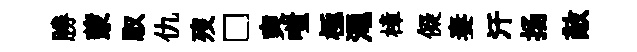
勝蒙馭仇歿□奭嗤極澠樟儗妻汗扬敵